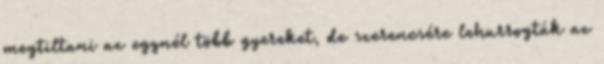
megtiltani az egynél több gyereket, de szerencsére lehurrogták az